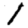
Digit: 1